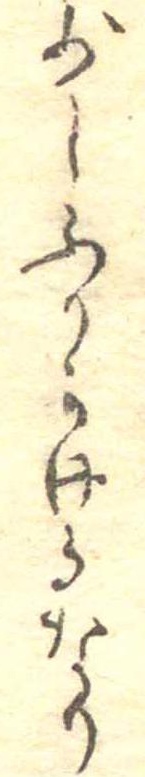
少しふりかけるなり